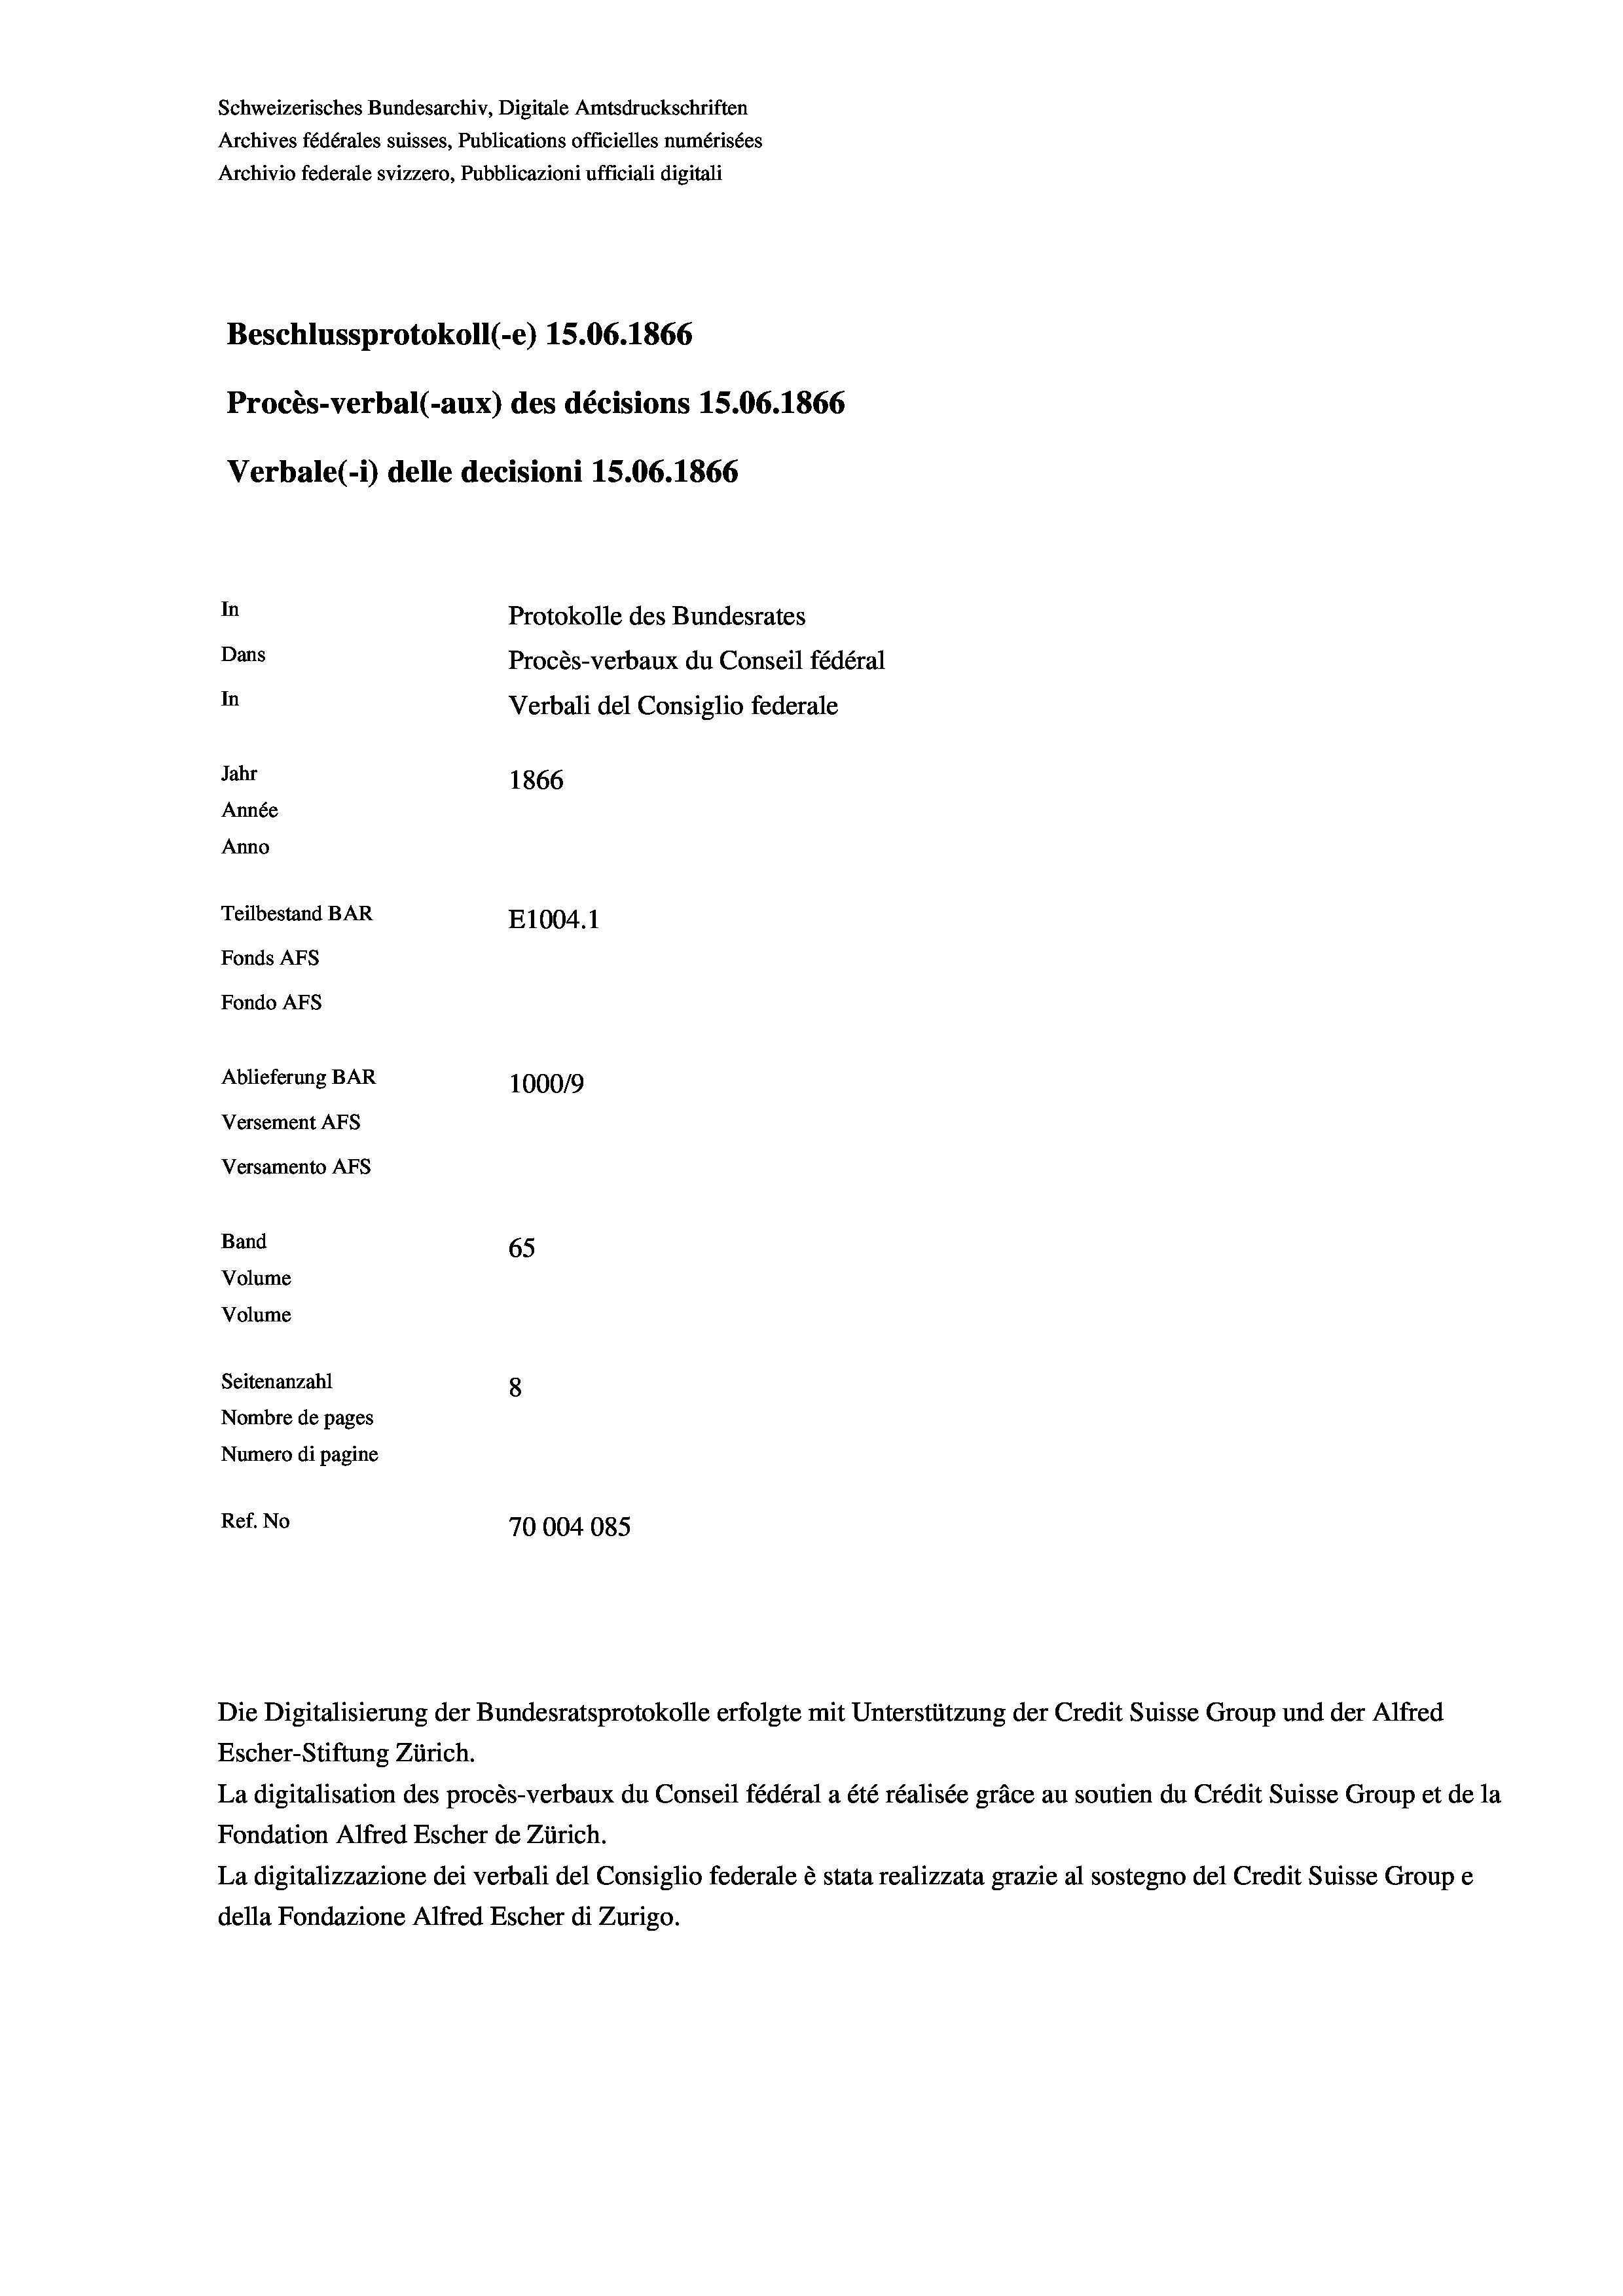
Schweizerisches Bundesarchiv, Digitale Amtsdruckschriften
Archives fédérales suisses, Publications officielles numérisées
Archivio federale svizzero, Pubblicazioni ufficiali digitali
Beschlussprotokoll (-e) 15.06. 1866
Procès-verbal (-aux) des décisions 15.06. 1866
Verbale (i) delle decisioni 15.06. 1866
In
Protokolle des Bundesrates
Dans
Procès-verbaux du Conseil fédéral
In
Verbali del Consiglio federale
Jahr
1866
Année
Anno
Teilbestand BAR
E1004. 1
Fonds AEs
Fondo AFs
Ablieferung BAR
1000/9
Versement AFS
Versamento AFs
Band
65
Volume
Volume

Seitenanzahl
8
Nombre de pages
Numero di pagine
Ref. No
70004085

Die Digitalisierung der Bundesratsprotokolle erfolgte mit Unterstützung der Credit Suisse Group und der Alfred

Escher-Stiftung Zürich.
La digitalisation des procès-verbaux du Conseil fédéral a été réalisée gräce au soutien du Crédit Suisse Group et de la
Fondation Alfred Escher de Zürich.
La digitalizzazione dei verbali del Consiglio federale è stata realizzata grazie al sostegno del Credit Suisse Groupe
della Fondazione Alfred Escher di Zurigo.